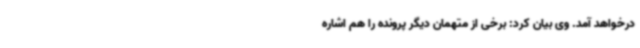
درخواهد آمد. وی بیان کرد: برخی از متهمان دیگر پرونده را هم اشاره